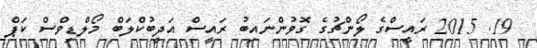
19